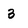
Character: 3